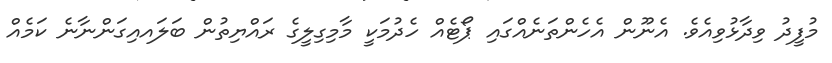
މުފީދު ވިދާޅުވިއެވެ. އެނޫން އެހެންތަނެއްގައި ޕޯޓެއް ހެދުމަކީ މާމިގިލީގެ ރައްޔިތުން ބަލައއިގަންނާނެ ކަމެއް